Report of the Indian Hemp Drugs Commission, 1894-1895 - Volume I
Year: 1894
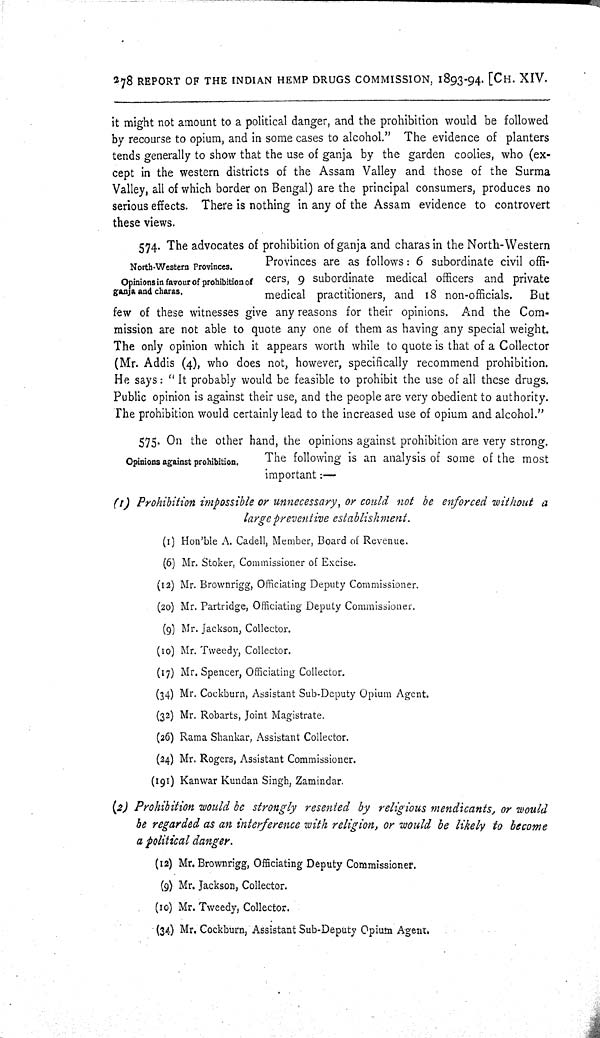
278 REPORT OF THE INDIAN HEMP DRUGS COMMISSION, 1893-94. [CH. XIV.
it might not amount to a political danger, and the prohibition would be followed
by recourse to opium, and in some cases to alcohol." The evidence of planters
tends generally to show that the use of ganja by the garden coolies, who (ex-
cept in the western districts of the Assam Valley and those of the Surma
Valley, all of which border on Bengal) are the principal consumers, produces no
serious effects. There is nothing in any of the Assam evidence to controvert
these views.
North-Western Provinces.
Opinions in favour of prohibition of
ganja and charas.
574. The advocates of prohibition of ganja and charas in the North-Western
Provinces are as follows: 6 subordinate civil offi-
cers, 9 subordinate medical officers and private
medical practitioners, and 18 non-officials.
But
few of these witnesses give any reasons for their opinions. And the Com-
mission are not able to quote any one of them as having any special weight.
The only opinion which it appears worth while to quote is that of a Collector
(Mr. Addis (4), who does not, however, specifically recommend prohibition.
He says: "It probably would be feasible to prohibit the use of all these drugs.
Public opinion is against their use, and the people are very obedient to authority.
The prohibition would certainly lead to the increased use of opium and alcohol."
Opinions against prohibition.
575. On the other hand, the opinions against prohibition are very strong.
The following is an analysis of some of the most
important:—
(1) Prohibition impossible or unnecessary, or could not be enforced without a
large preventive establishment.
(1) Hon'ble A. Cadell, Member, Board of Revenue.
(6) Mr. Stoker, Commissioner of Excise.
(12) Mr. Brownrigg, Officiating Deputy Commissioner.
(20) Mr. Partridge, Officiating Deputy Commissioner.
(9) Mr. Jackson, Collector.
(10) Mr. Tweedy, Collector.
(17) Mr. Spencer, Officiating Collector.
(34) Mr. Cockburn, Assistant Sub-Deputy Opium Agent.
(32) Mr. Robarts, Joint Magistrate.
(26) Rama Shankar, Assistant Collector.
(24) Mr. Rogers, Assistant Commissioner.
(191) Kanwar Kundan Singh, Zamindar.
(2) Prohibition would be strongly resented by religious mendicants, or would
be regarded as an interference with religion, or would be likely to become
a political danger.
(12) Mr. Brownrigg, Officiating Deputy Commissioner.
(9) Mr. Jackson, Collector.
(10) Mr. Tweedy, Collector.
(34) Mr. Cockburn, Assistant Sub-Deputy Opium Agent.